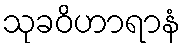
သုခဝိဟာရာနံ